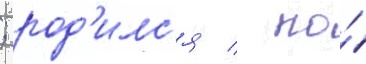
; род'илс'я / по́